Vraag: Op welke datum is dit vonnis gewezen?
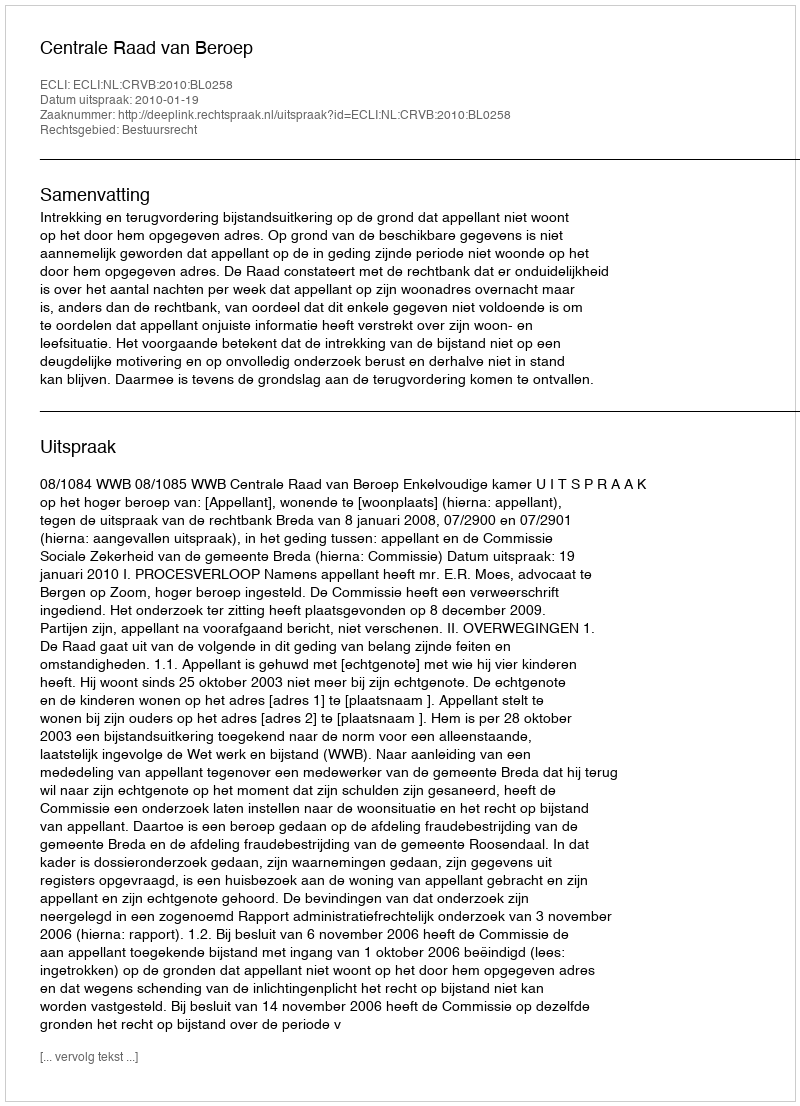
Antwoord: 2010-01-19